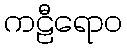
ကဠီရောဝ